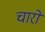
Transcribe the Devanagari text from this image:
चारों